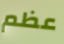
عظم